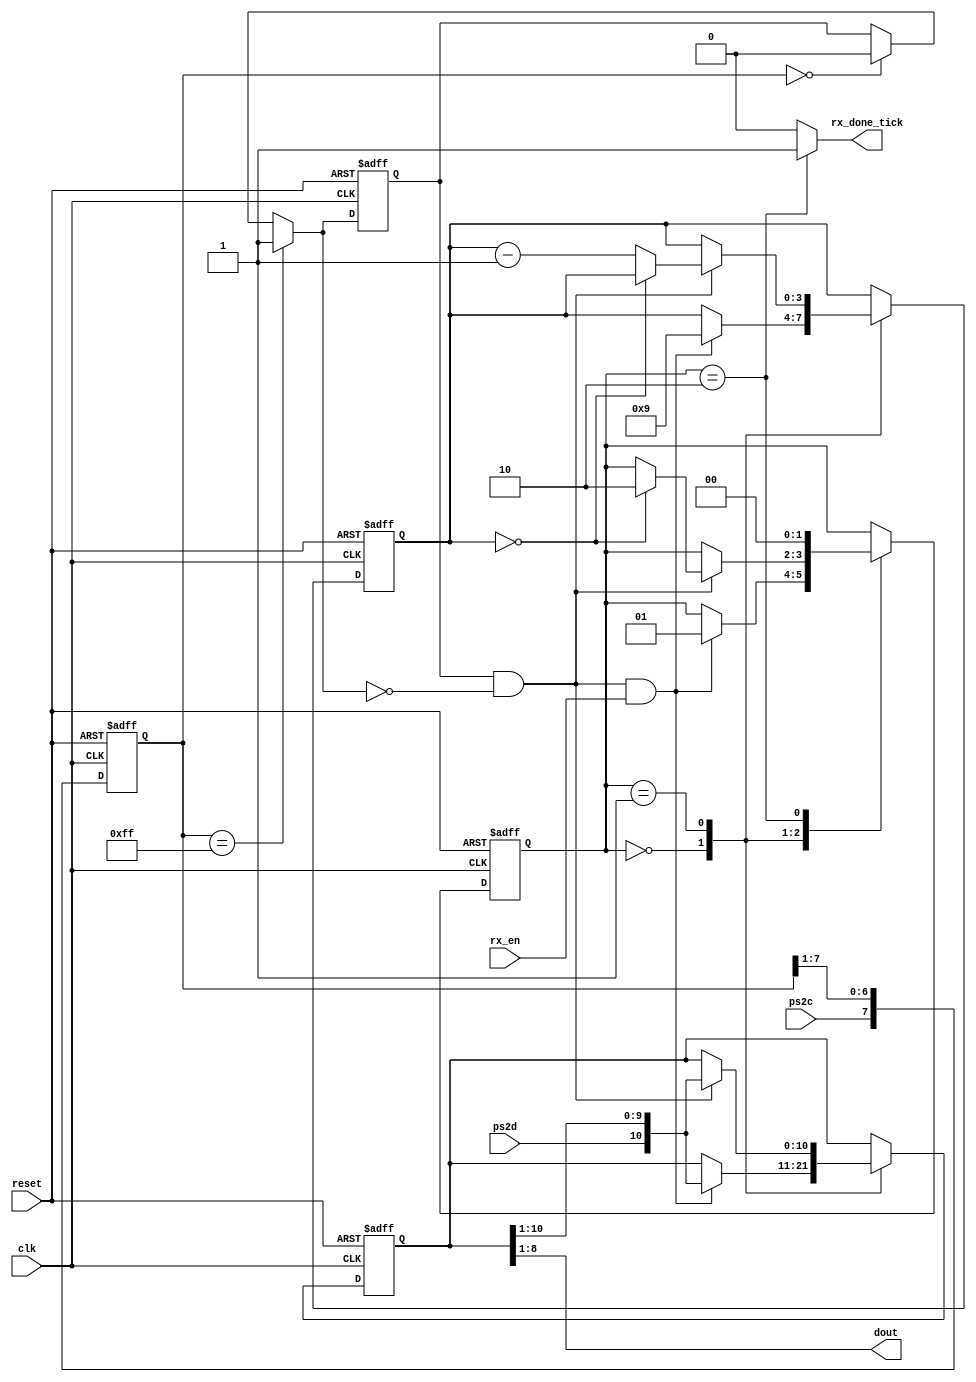
module ps2RX
   (
    input wire clk, reset,
    input wire ps2d, ps2c, rx_en,
    output reg rx_done_tick,
    output wire [7:0] dout
   );

   // symbolic state declaration
   localparam [1:0]
      idle = 2'b00,
      dps  = 2'b01, //data, parity, stop
      load = 2'b10;

   // signal declaration
   reg [1:0] state_reg, state_next;
   reg [7:0] filter_reg;
   wire [7:0] filter_next;
   reg f_ps2c_reg;
   wire f_ps2c_next;
   reg [3:0] n_reg, n_next;
   reg [10:0] b_reg, b_next;
   wire fall_edge;
  // filter and falling-edge tick generation for ps2c
   always @(posedge clk, posedge reset)
   if (reset)
      begin
         filter_reg <= 0;
         f_ps2c_reg <= 0;
      end
   else
      begin
         filter_reg <= filter_next;
         f_ps2c_reg <= f_ps2c_next;
      end

   assign filter_next = {ps2c, filter_reg[7:1]};
   assign f_ps2c_next = (filter_reg==8'b11111111) ? 1'b1 :
                        (filter_reg==8'b00000000) ? 1'b0 :
                         f_ps2c_reg;
   assign fall_edge = f_ps2c_reg & ~f_ps2c_next;

   
   // FSMD state & data registers
   always @(posedge clk, posedge reset)
        if (reset)
       begin
          state_reg <= idle;
          n_reg <= 0;
          b_reg <= 0;
       end
    else
       begin
          state_reg <= state_next;
          n_reg <= n_next;
          b_reg <= b_next;
       end
 // FSMD next-state logic
 always @*
 begin
    state_next = state_reg;
    rx_done_tick = 1'b0;
    n_next = n_reg;
    b_next = b_reg;
    case (state_reg)
       idle:
          if (fall_edge & rx_en)
             begin
                // shift in start bit
                b_next = {ps2d, b_reg[10:1]};
                n_next = 4'b1001;
                state_next = dps;
             end
       dps: // 8 data + 1 parity + 1 stop
          if (fall_edge)
             begin
                b_next = {ps2d, b_reg[10:1]};
                if (n_reg==0)
                   state_next = load;
                else
                   n_next = n_reg - 1;
             end
       load: // 1 extra clock to complete the last shift
          begin
             state_next = idle;
             rx_done_tick = 1'b1;
          end
       default:;
    endcase
 end
 // output
 assign dout = b_reg[8:1]; // data bits

endmodule